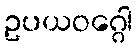
ဥပယဝဂ္ဂေါ